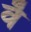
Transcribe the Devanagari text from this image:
वेँ